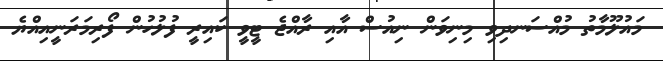
މައުލޫމާތު މުއްސަނދިވި މިނިވަން ނިއުސް އާއި ރާއްޖެ ޓީވީ ކައިރީ ފުލުހުން ފޯރިމަރަނީއިއްޔެ